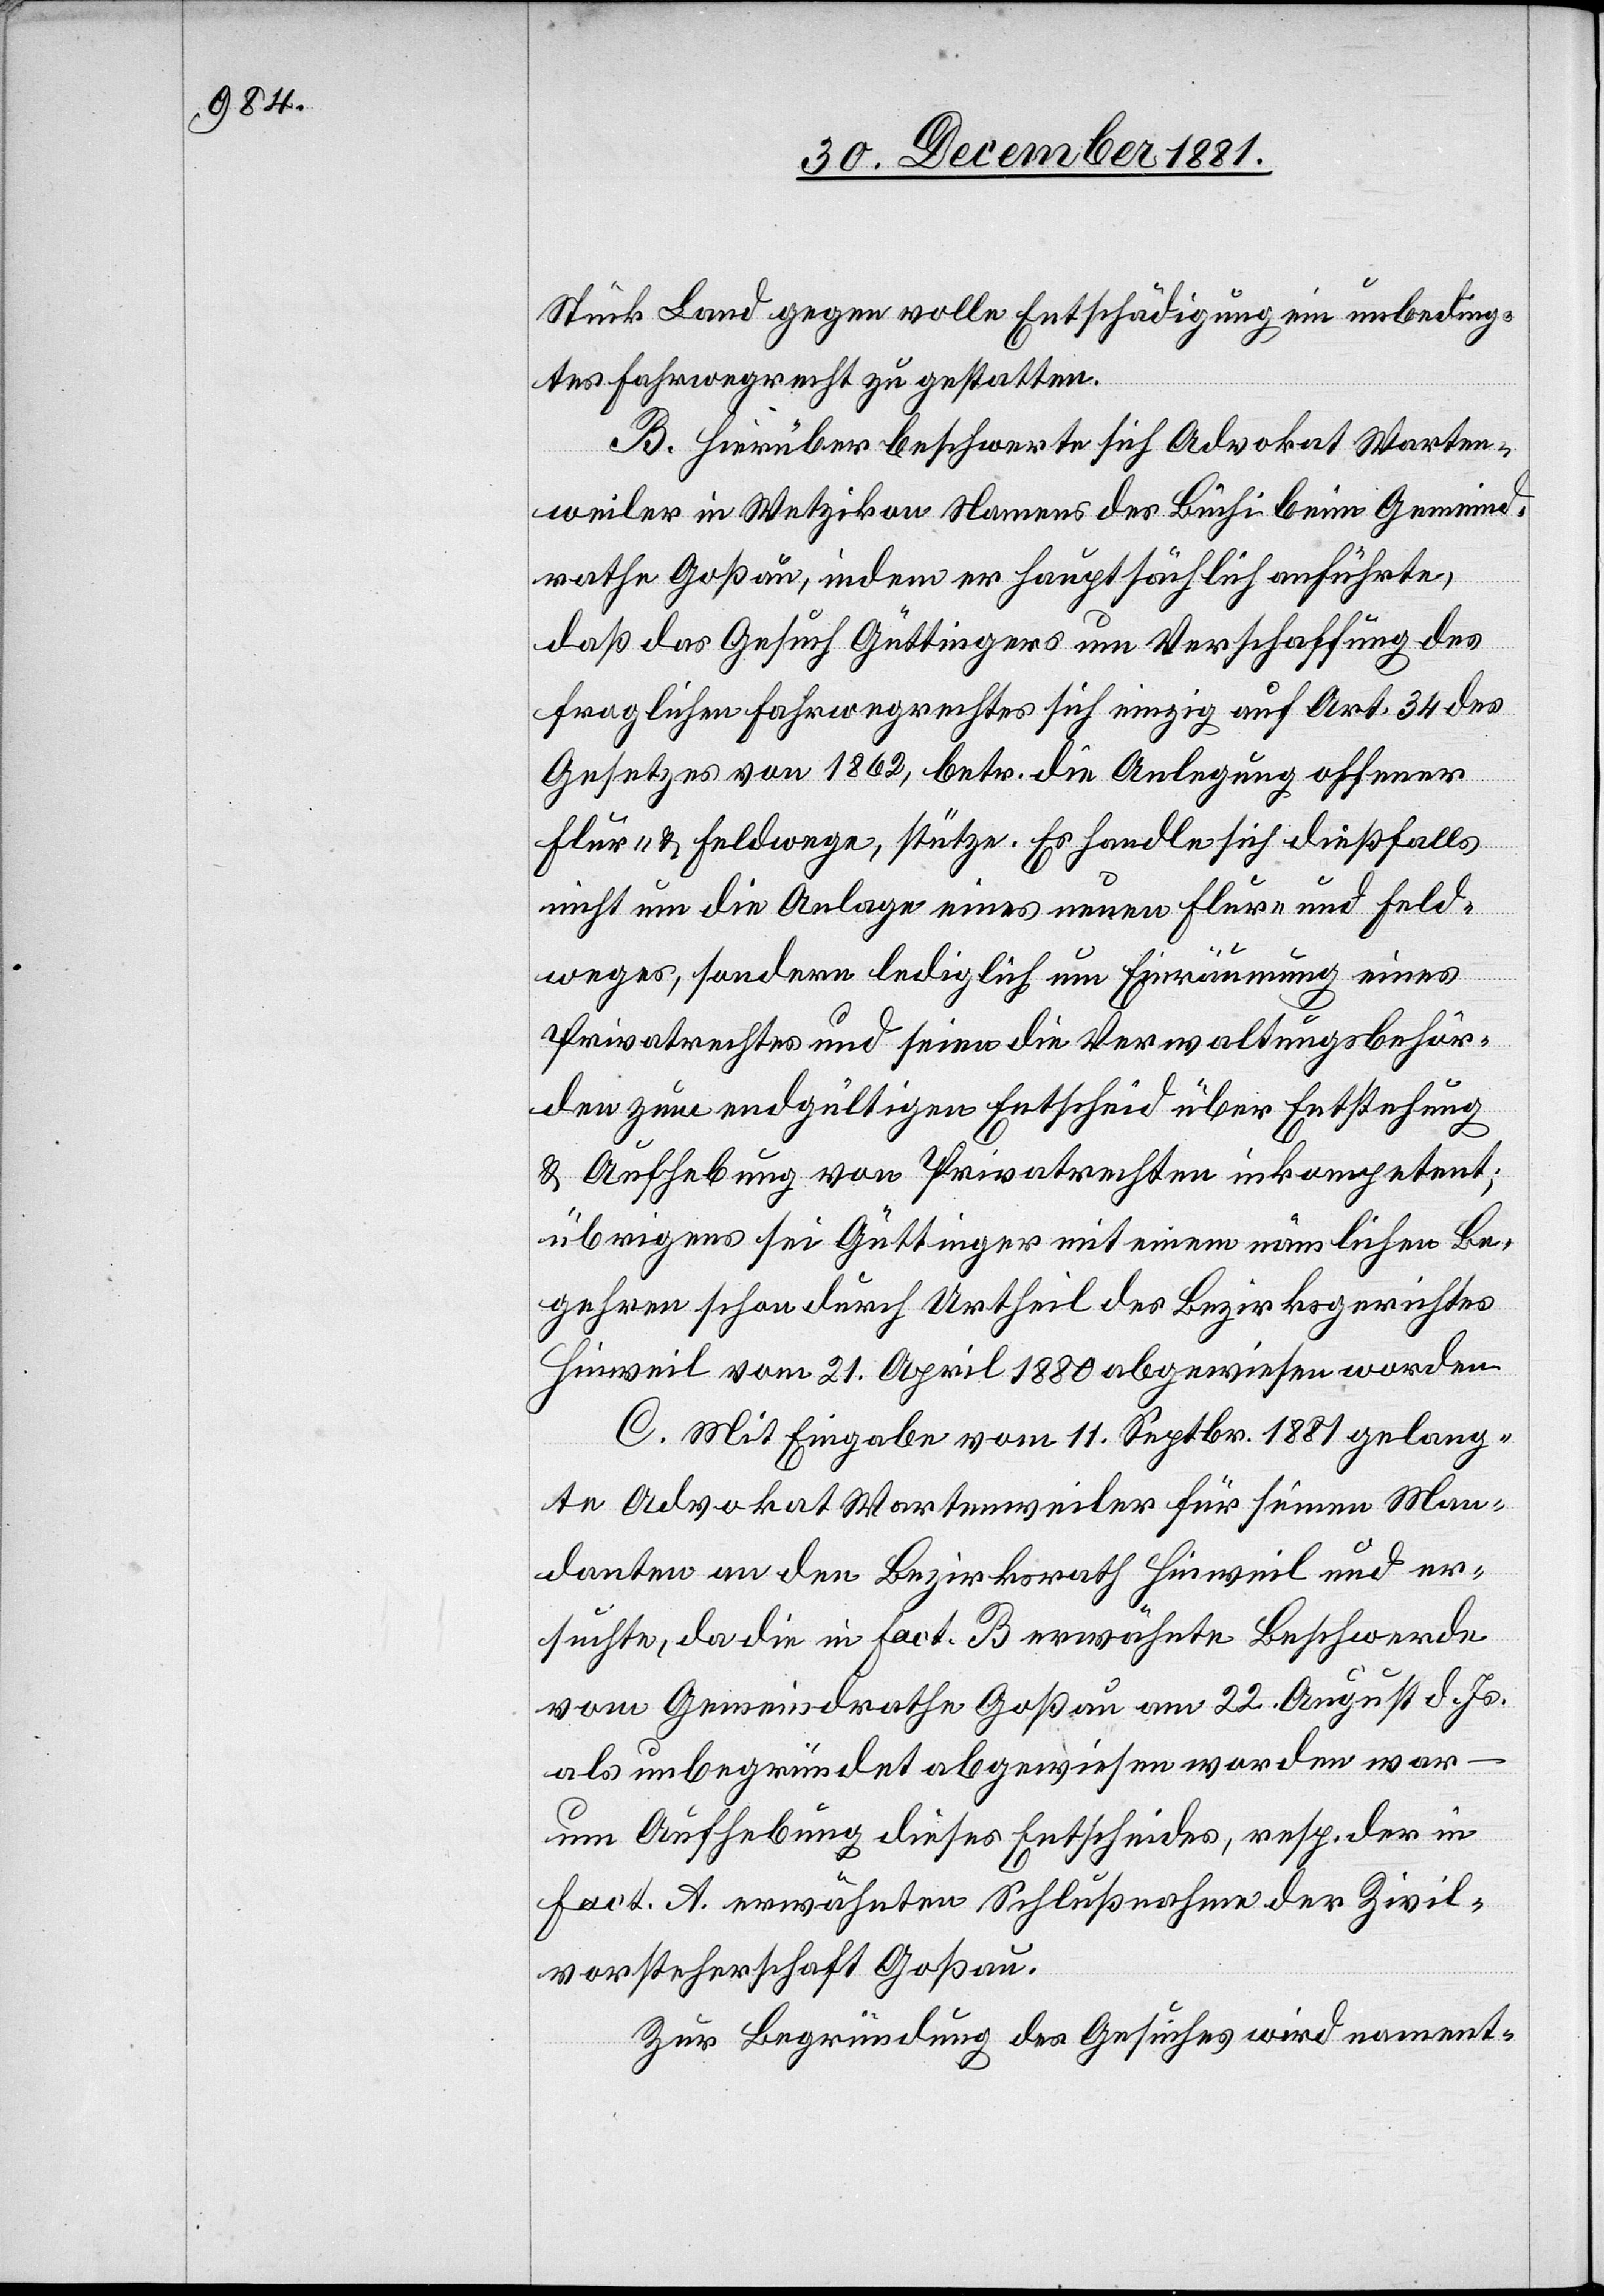
Stück Land gegen volle Entschädigung ein unbeding¬
tes Fahrwegrecht zu gestatten.
B. Hierüber beschwerte sich Advokat Warten¬
weiler in Wetzikon Namens des Büchi beim Gemeind¬
rathe Goßau, indem er hauptsächlich anführte,
daß das Gesuch Güttingers um Verschaffung des
fraglichen Fahrwegrechtes sich einzig auf Art. 34 des
Gesetzes von 1862, betr. die Anlegung offener
Flur- & Feldwege, stütze. Es handle sich dießfalls
nicht um die Anlage eines neuen Flur- und Feld¬
weges, sondern lediglich um Einräumung eines
Privatrechtes und seien die Verwaltungsbehör¬
den zum endgültigen Entscheid über Entstehung
& Aufhebung von Privatrechten inkompetent;
übrigens sei Güttinger mit einem nämlichen Be¬
gehren schon durch Urtheil des Bezirksgerichtes
Hinweil vom 21. April 1880 abgewiesen worden.
C. Mit Eingabe vom 11. Septbr. 1881 gelang¬
te Advokat Wartenweiler für seinen Man¬
danten an den Bezirksrath Hinweil und er¬
suchte, da die in Fact. B erwähnte Beschwerde
vom Gemeindrathe Goßau am 22. August d. Js.
als unbegründet abgewiesen worden war
um Aufhebung dieses Entscheides, resp. der in
Fact. A. erwähnten Schlußnahme der Zivil¬
vorsteherschaft Goßau.
Zur Begründung des Gesuches wird nament-